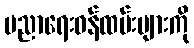
ပညာရေးဝန်ထမ်းများကို